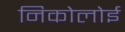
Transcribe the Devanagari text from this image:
निकोलोई